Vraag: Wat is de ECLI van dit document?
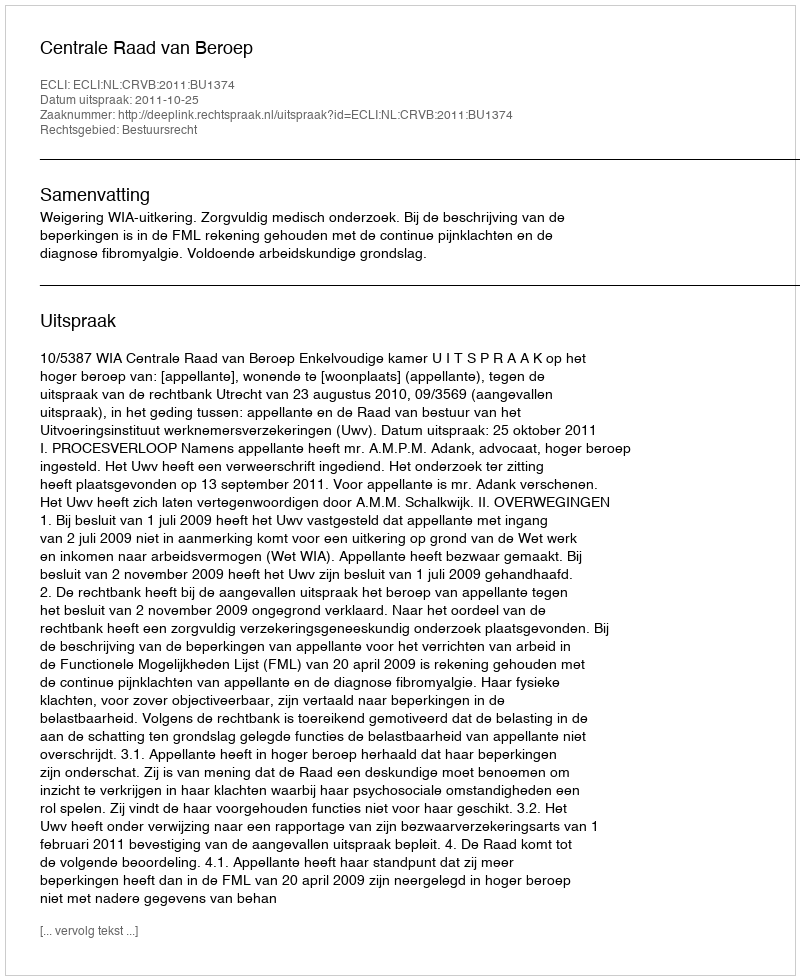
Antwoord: ECLI:NL:CRVB:2011:BU1374